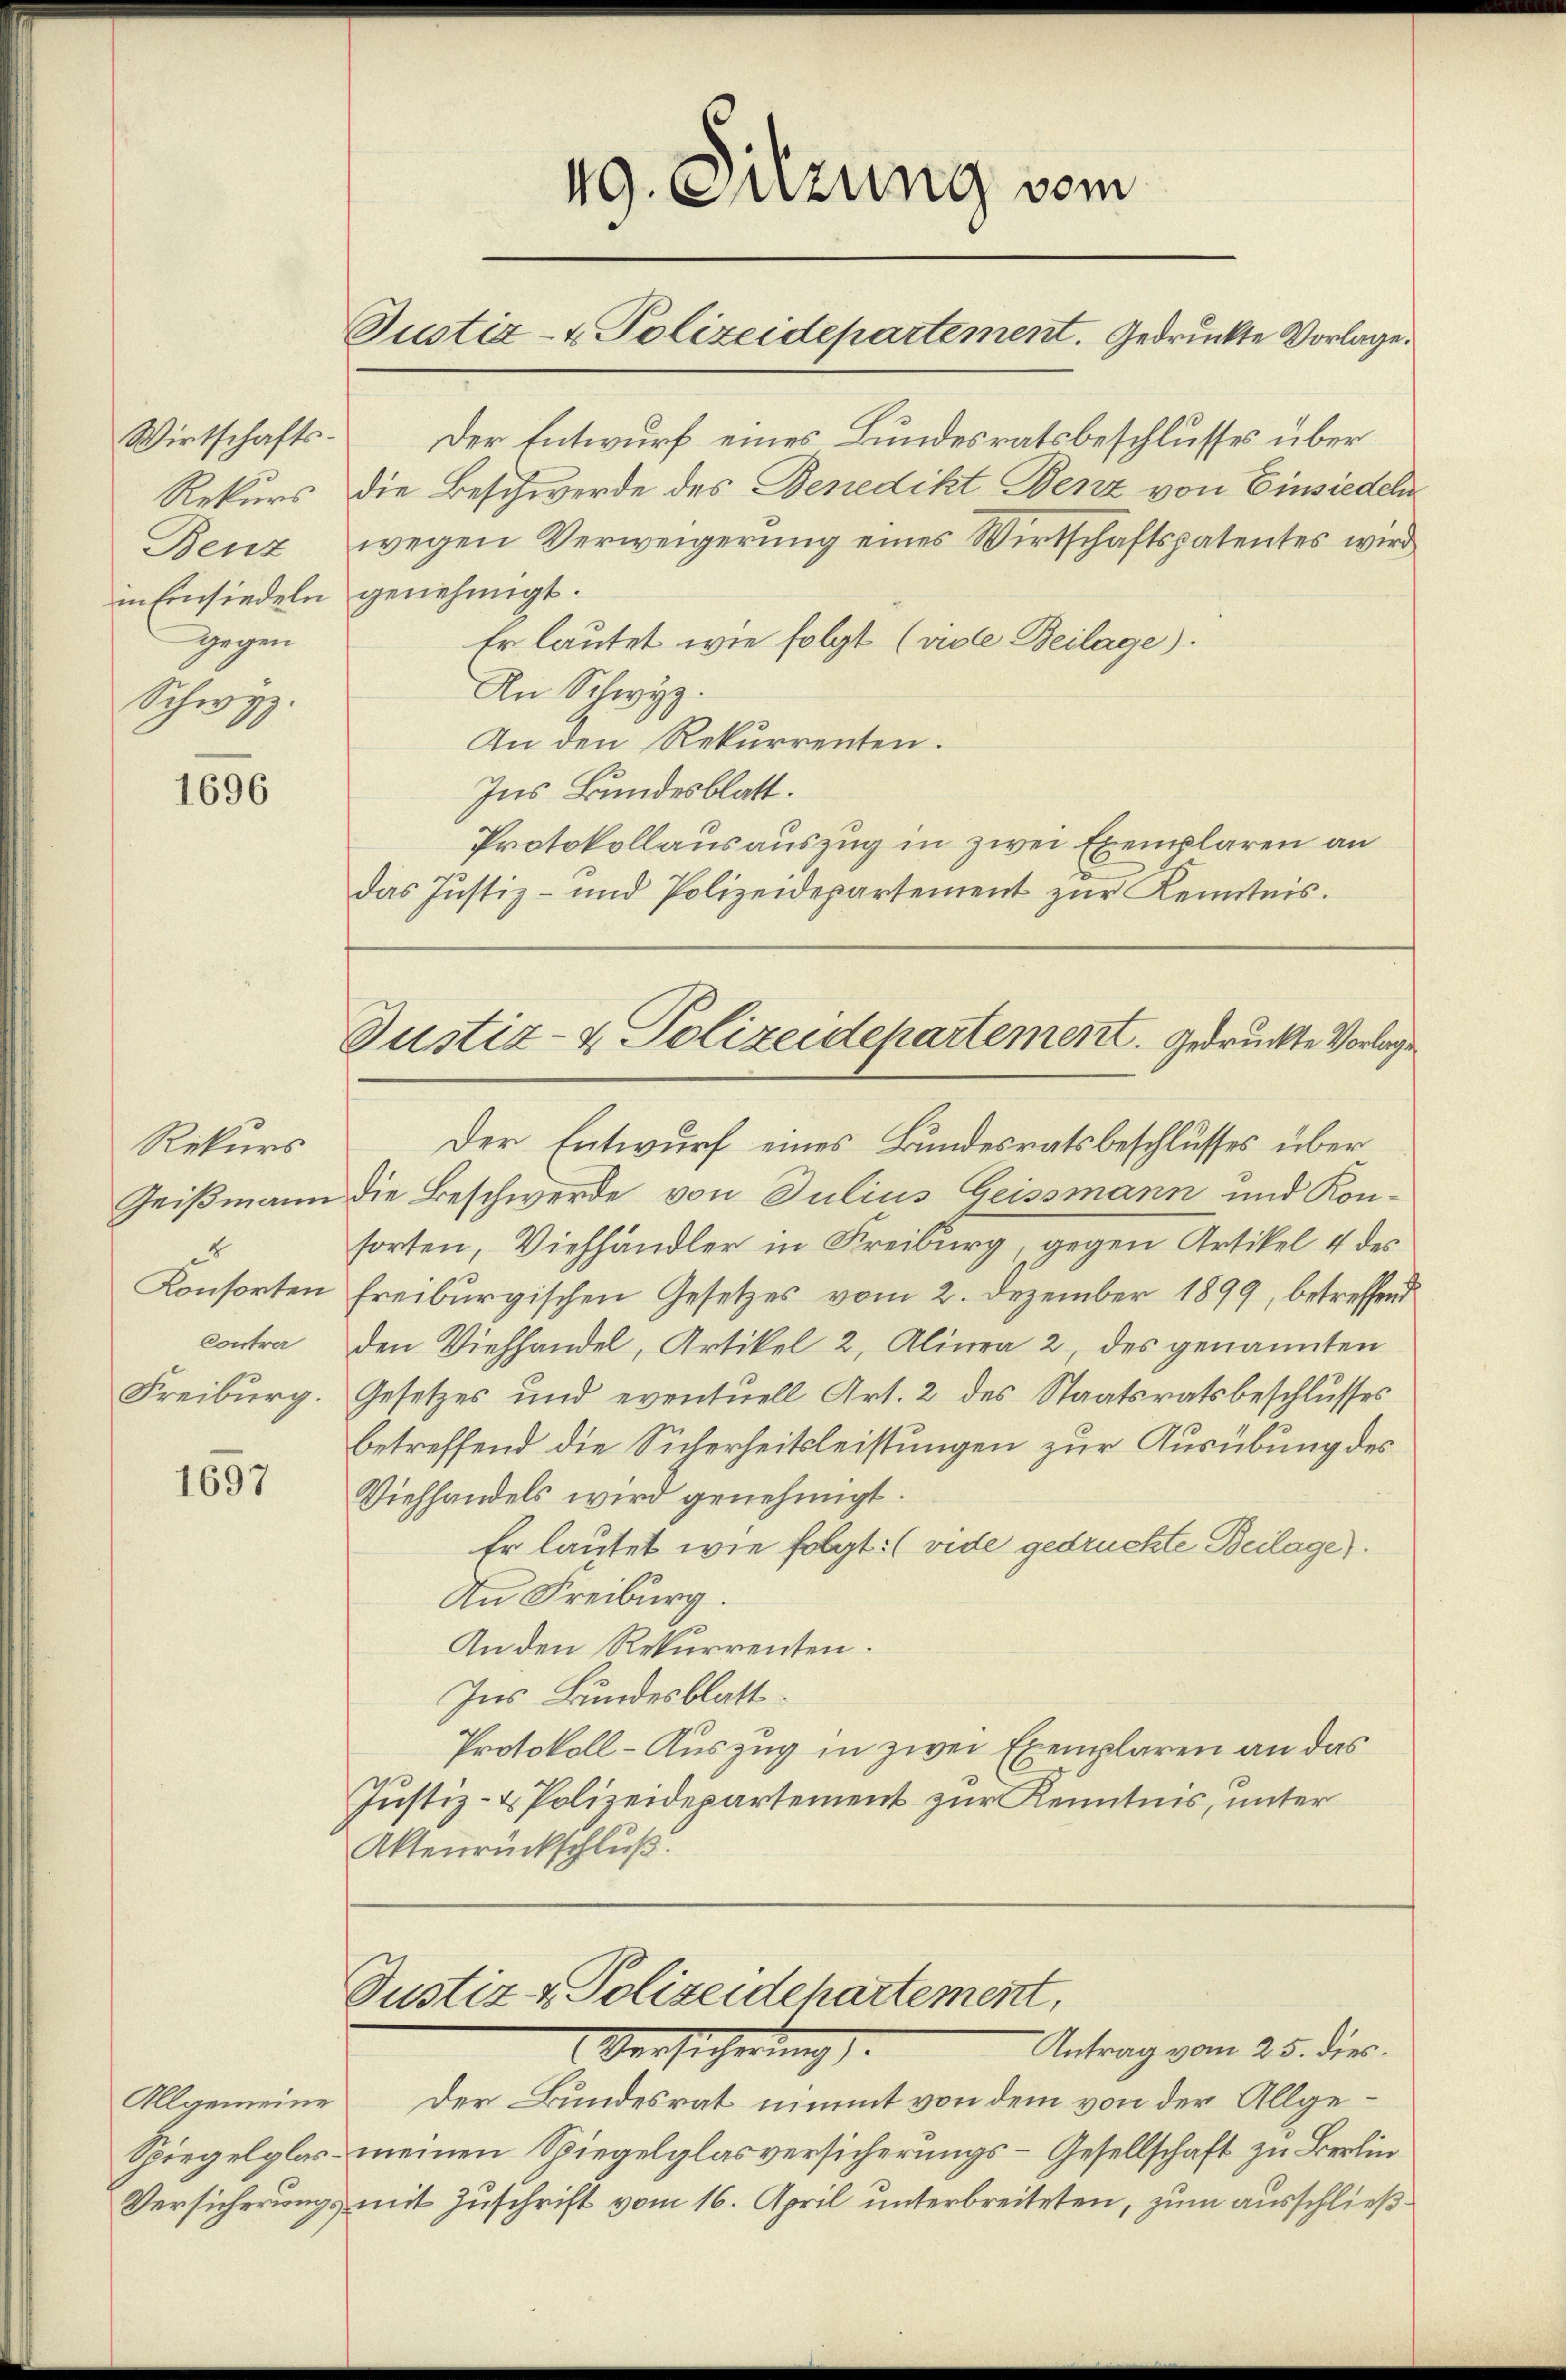
Wirtschafts¬
Rekurs
Benz
in Einsiedeln
gegen
Schwyz.

1696

Rekurs
8
Konsorten
Contra
Freiburg.

1697

Allgemeine
Spiegelglas¬

49. Suzung vom
Justiz- & Polizeidepartement. Gedruckte Vorlage.

Justiz- & Polizeidepartement. Gedrückte Vorlagen

Der Entwurf eines Bundesratsbeschlusses über
Geißmann die Beschwerde von Julius Geissmann und Kon-
sorten, Viehhändler in Freiburg, gegen Artikel 4 des
freiburgischen Gesetzes vom 2. Dezember 1899, betreffend
den Viehhandel, Artikel 2, Alinea 2 des genannten
Gesetzes und eventuell Art. 2 des Staatsratsbeschlusses
betreffend die Sicherheitsleistungen zur Ausübung des
Viehhandels wird genehmigt.
Er lautet wie folgt: (vide gedruckte Beilage).
An Freiburg.
An den Rekurrenten.
Ins Bundesblatt.
Protokoll-Auszug in zwei Exemplaren an das
Justiz- & Polizeidepartement zur Kenntnis, unter
Aktenrückschluß.

Justiz & Polizeidchartement,
Versicherŭng.

Der Entwurf eines Bundesratsbeschlusses über
die Beschwerde des Benedikt Benz von Einsiedeln
wegen Verweigerung eines Wirtschaftspatentes wird
genehmigt.
Er lautet wie folgt (viele Beilage).
An Schwyz.
An den Rekurrenten.
Ins Bundesblatt.
Protokollausauszug in zwei Exemplaren an
das Justiz- und Polizeidepartement zŭr Kenntnis.

Antrag vom 25. dies.
Der Bundesrat nimmt von dem von der Allgemeinen Spiegelglasversicherŭngs-Gesellschaft zu Berlin
Versicherungs mit Zuschrift vom 16. April unterbreiteten, zum ausschließ¬